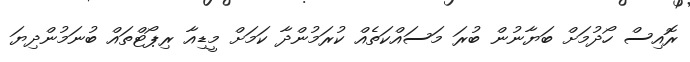
ރޮއިސް ހޯދުމަށް ބަޔާނުން ބުރަ މަސައްކަތެއް ކުރަމުންދާ ކަމަށް މީޑިއާ ރިޕޯޓްތައް ބުނަމުންދިޔަ